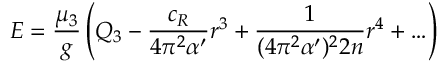
E = \frac { \mu _ { 3 } } { g } \left( Q _ { 3 } - \frac { c _ { R } } { 4 \pi ^ { 2 } \alpha ^ { \prime } } r ^ { 3 } + \frac { 1 } { ( 4 \pi ^ { 2 } \alpha ^ { \prime } ) ^ { 2 } 2 n } r ^ { 4 } + \ldots \right)